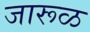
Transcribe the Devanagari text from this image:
जारूळ